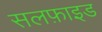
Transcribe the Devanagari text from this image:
सलफ़ाइड